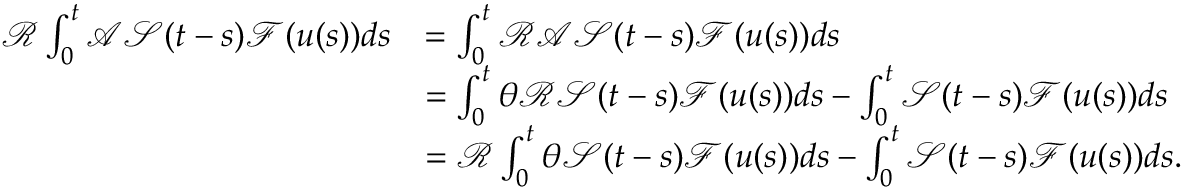
\begin{array} { r l } { \mathcal { R } \int _ { 0 } ^ { t } \mathcal { A } \mathcal { S } ( t - s ) \mathcal { F } ( u ( s ) ) d s } & { = \int _ { 0 } ^ { t } \mathcal { R } \mathcal { A } \mathcal { S } ( t - s ) \mathcal { F } ( u ( s ) ) d s } \\ & { = \int _ { 0 } ^ { t } \theta \mathcal { R } \mathcal { S } ( t - s ) \mathcal { F } ( u ( s ) ) d s - \int _ { 0 } ^ { t } \mathcal { S } ( t - s ) \mathcal { F } ( u ( s ) ) d s } \\ & { = \mathcal { R } \int _ { 0 } ^ { t } \theta \mathcal { S } ( t - s ) \mathcal { F } ( u ( s ) ) d s - \int _ { 0 } ^ { t } \mathcal { S } ( t - s ) \mathcal { F } ( u ( s ) ) d s . } \end{array}